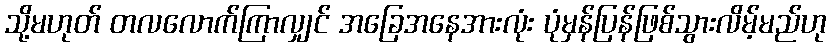
သို့မဟုတ် တလလောက်ကြာလျှင် အခြေအနေအားလုံး ပုံမှန်ပြန်ဖြစ်သွားလိမ့်မည်ဟု